Report of the Imperial Institute of Veterinary Research, Muktesar
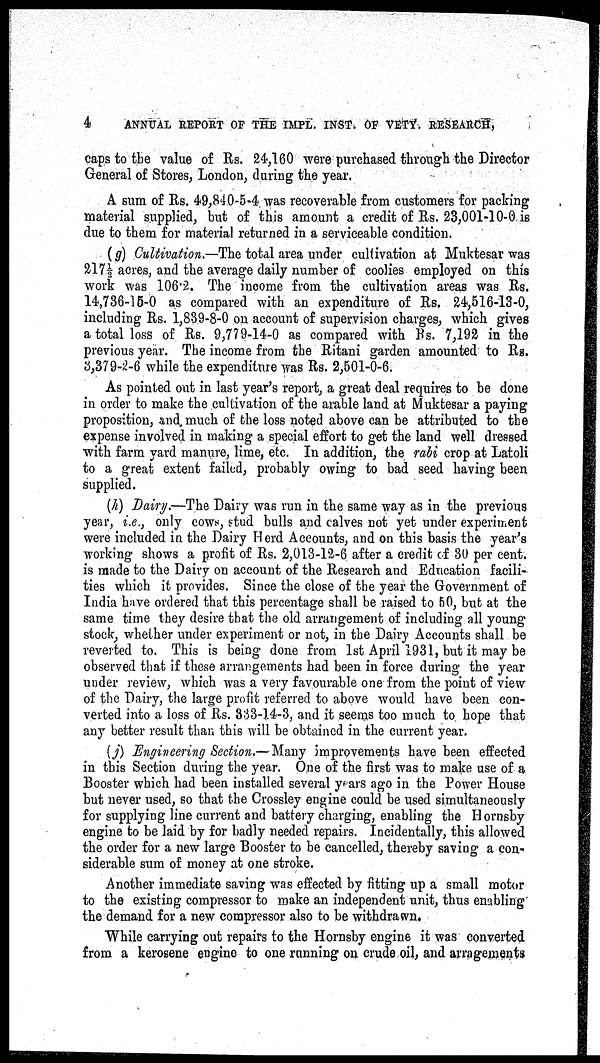
4
ANNUAL REPORT OF THE IMPL. INST. OF VETY. RESEARCH,
caps to the value of Rs. 24,160 were purchased through the Director
General of Stores, London, during the year.
A sum of Rs. 49,840-5-4 was recoverable from customers for packing
material supplied, but of this amount a credit of Rs. 23,001-10-0 is
due to them for material returned in a serviceable condition.
(g) Cultivation.—The total area under cultivation at Muktesar was
217½ acres, and the average daily number of coolies employed on this
work was 106.2. The income from the cultivation areas was Rs.
14,736-15-0 as compared with an expenditure of Rs. 24,516-13-0,
including Rs. 1,839-8-0 on account of supervision charges, which gives
a total loss of Rs. 9,779-14-0 as compared with Rs. 7,192 in the
previous year. The income from the Ritani garden amounted to Rs.
3,379-2-6 while the expenditure was Rs. 2,501-0-6.
As pointed out in last year's report, a great deal requires to be done
in order to make the cultivation of the arable land at Muktesar a paying
proposition, and much of the loss noted above can be attributed to the
expense involved in making a special effort to get the land well dressed
with farm yard manure, lime, etc. In addition, the rabi crop at Latoli
to a great extent failed, probably owing to bad seed having been
supplied.
(h) Dairy.—The Dairy was run in the same way as in the previous
year, i.e., only cows, stud bulls and calves not yet under experiment
were included in the Dairy Herd Accounts, and on this basis the year's
working shows a profit of Rs. 2,013-12-6 after a credit of 30 per cent.
is made to the Dairy on account of the Research and Education facili-
ties which it provides. Since the close of the year the Government of
India have ordered that this percentage shall be raised to 50, but at the
same time they desire that the old arrangement of including all young
stock, whether under experiment or not, in the Dairy Accounts shall be
reverted to. This is being done from 1st April 1931, but it may be
observed that if these arrangements had been in force during the year
under review, which was a very favourable one from the point of view
of the Dairy, the large profit referred to above would have been con-
verted into a loss of Rs. 333-14-3, and it seems too much to hope that
any better result than this will be obtained in the current year.
(j) Engineering Section.— Many improvements have been effected
in this Section during the year. One of the first was to make use of a
Booster which had been installed several years ago in the Power House
but never used, so that the Crossley engine could be used simultaneously
for supplying line current and battery charging, enabling the Hornsby
engine to be laid by for badly needed repairs. Incidentally, this allowed
the order for a new large Booster to be cancelled, thereby saving a con-
siderable sum of money at one stroke.
Another immediate saving was effected by fitting up a small motor
to the existing compressor to make an independent unit, thus enabling
the demand for a new compressor also to be withdrawn.
While carrying out repairs to the Hornsby engine it was converted
from a kerosene engine to one running on crude oil, and arragements